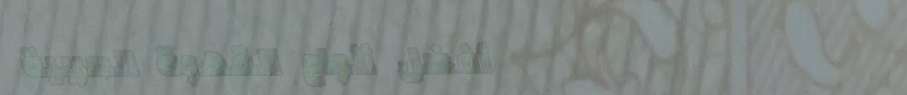
أفضل أنواع القهوة العربية